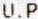
U.P